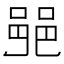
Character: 𨛜